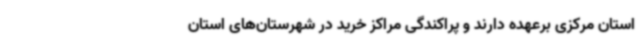
استان مرکزی برعهده دارند و پراکندگی مراکز خرید در شهرستان‌های استان